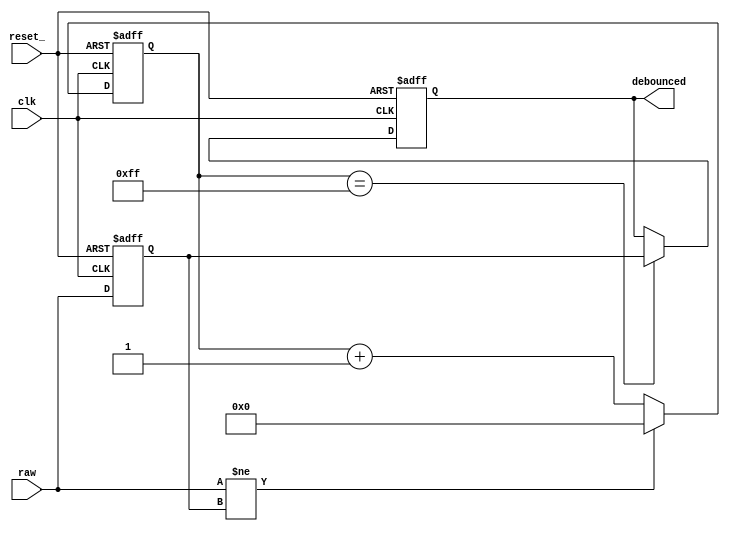
module debouncer(
   clk,
   reset_,
   raw,
   debounced);

   input      clk;
   input      reset_;
   input      raw;
   output     debounced;

   // This circuit debounces a raw input. That is, it "ignores" brief changes
   // to the raw signal and outputs a steady value that cannot change more often
   // than once per 256 clock cycles.

   reg [7:0]  counter;      // 256 clock cycle counter
   reg 	      debounced;    // Debounced (steady) output
   reg 	      sampled;      // Raw input sampled by clock

   // "Clock in" the  raw input
   always@ (posedge clk or negedge reset_)
     if (!reset_)
       sampled <= 1'b0;
     else
       sampled <= raw;

   // Count the number of cycles the sampled input is steady
   always@ (posedge clk or negedge reset_)
     if (!reset_)
       counter <= 8'd0;
     else if (raw != sampled)
       counter <= 8'd0;
     else
       counter <= counter + 8'd1;

   // When the counter reaches its saturated state, output the sampled value
   always@ (posedge clk or negedge reset_)
     if (!reset_)
       debounced <= 1'b0;
     else if (counter == 8'hff)
       debounced <= sampled;

endmodule